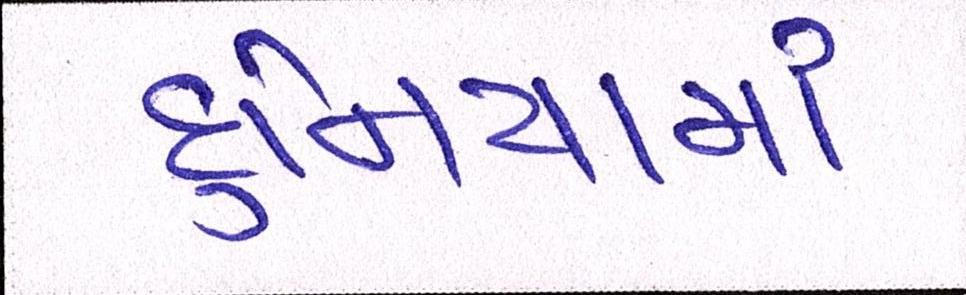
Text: દુનિયામાં